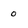
Character: 0